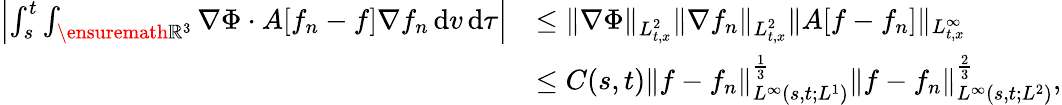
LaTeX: \begin{array}{rl}{\left\vert\int_{s}^{t}\int_{\ensuremath{{\mathbb R}}^{3}}\nabla\Phi\cdot A[f_{n}-f]\nabla f_{n}\, \mathrm{d}v\, \mathrm{d}\tau\right\vert}&{\le\| \nabla\Phi\| _{L_{t,x}^{2}}\| \nabla f_{n}\| _{L_{t,x}^{2}}\| A[f-f_{n}]\| _{L_{t,x}^{\infty}}}\\ &{\le C(s,t)\| f-f_{n}\| _{L^{\infty}(s,t;L^{1})}^{\frac{1}{3}}\| f-f_{n}\| _{L^{\infty}(s,t;L^{2})}^{\frac{2}{3}},}\end{array}